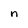
Character: n